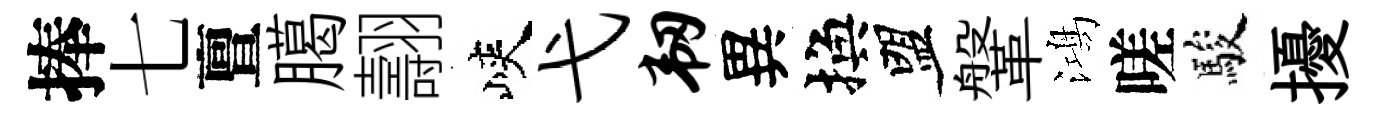
捧七亶臈翿峽弋韧異換盟鞶鴻嗟駿擾